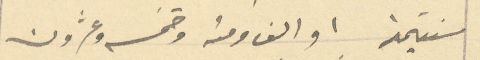
سنتيمترا او الف ومئة وخمسة وعشرون